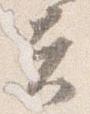
夫